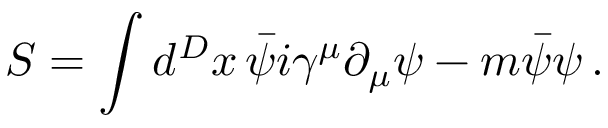
S = \int d ^ { D } x \, \bar { \psi } i \gamma ^ { \mu } \partial _ { \mu } \psi - m \bar { \psi } \psi \, .